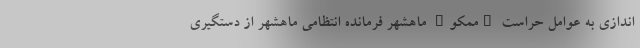
اندازی به عوامل حراست "ممکو" ماهشهر فرمانده انتظامی ماهشهر از دستگیری